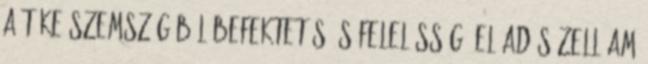
a tőke szemszögéből Befektetés és felelősség Előadás Zell am